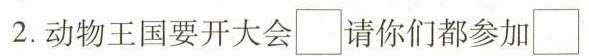
2.动物王国要开大会\Box 请你们都参加\Box